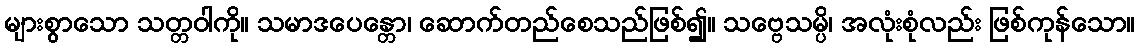
များစွာသော သတ္တဝါကို။ သမာဒပေန္တော၊ ဆောက်တည်စေသည်ဖြစ်၍။ သဗ္ဗေသမ္ပိ၊ အလုံးစုံလည်း ဖြစ်ကုန်သော။